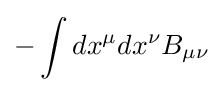
-\int dx^{\mu }dx^{\nu }B_{\mu \nu }